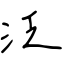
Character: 泛